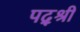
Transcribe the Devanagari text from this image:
पद्श्री